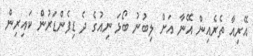
އޭރިއާ ތެރެއިން އޭނާ އަށް ލިބުނު ބޯޅަ ނިއުގެ ދެ ޑިފެންޑަރުން ކައިރިން